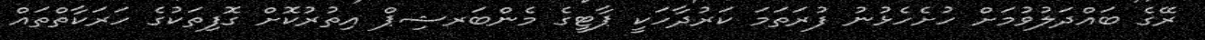
ރޭގެ ބައްދަލުވުމަށް ހުށެހެޅުނު ފުރަތަމަ ކަރުދާހަކީ ޕާޓީގެ މެންބަރޝިޕް އިތުރުކޮށް ގޮފިތަކުގެ ހަރަކާތްތައް